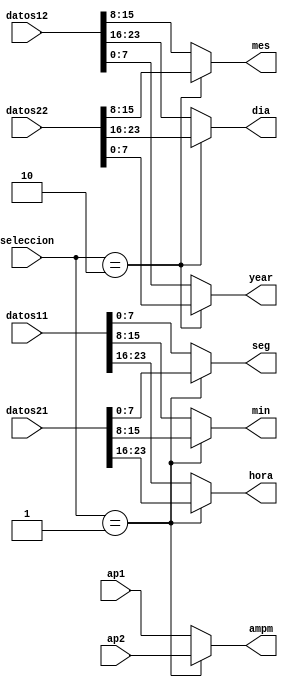
`timescale 1ns / 1ps
//////////////////////////////////////////////////////////////////////////////////
// Company: 
// Engineer: 
// 
// Design Name: 
// Module Name:    Muxdatos 
// Project Name: 
// Target Devices: 
// Tool versions: 
// Description: 
//
// Dependencies: 
//
// Revision: 
// Revision 0.01 - File Created
// Additional Comments: 
//
//////////////////////////////////////////////////////////////////////////////////
module Muxdatos(
    input [23:0] datos11,
    input [23:0] datos12,
	 input [23:0] datos21,
    input [23:0] datos22,
	 input ap1,
	 input ap2,
	 input [1:0]seleccion,
    output reg [7:0] hora,
	 output reg [7:0] min,
    output reg [7:0] seg,
    output reg [7:0] dia,
	 output reg [7:0] mes,
	 output reg [7:0] year,
	 output reg ampm
    );
always @*
	begin
	case(seleccion)
		2'b00:begin
			hora<=datos11[23:16];
			min<=datos11[15:8];
			seg<=datos11[7:0];
			dia<=datos12[23:16];
			mes<=datos12[15:8];
			year<=datos12[7:0];
			ampm<=ap1;
			end
		2'b01:begin
			hora<=datos21[23:16];
			min<=datos21[15:8];
			seg<=datos21[7:0];
			dia<=datos12[23:16];
			mes<=datos12[15:8];
			year<=datos12[7:0];
			ampm<=ap2;
			end
		2'b10:begin
			hora<=datos11[23:16];
			min<=datos11[15:8];
			seg<=datos11[7:0];
			dia<=datos22[23:16];
			mes<=datos22[15:8];
			year<=datos22[7:0];
			ampm<=ap1;
			end
		default:begin
			hora<=datos11[23:16];
			min<=datos11[15:8];
			seg<=datos11[7:0];
			dia<=datos12[23:16];
			mes<=datos12[15:8];
			year<=datos12[7:0];
			ampm<=ap1;
			end
	endcase 
	end

endmodule